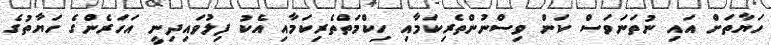
ހަޔާތަށް އައި ނުތަނަވަސް ކަން ވިސްނުންތެރިކަމާއި ހިކްމަތްތެރިކަމާއި އެކު ފިލުވައިދިނީ އަހަރެންގެ ހަޔާތުގެ